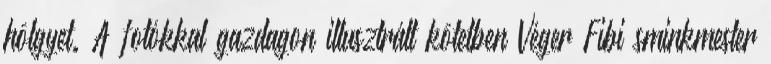
hölgyet. A fotókkal gazdagon illusztrált kötetben Véger Fibi sminkmester